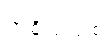
အစိုးရသစ်